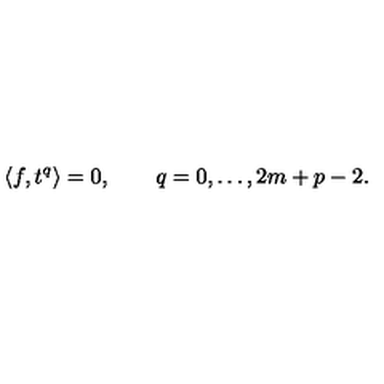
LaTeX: \langle f , t ^ { q } \rangle = 0 , \qquad q = 0 , \dots , 2 m + p - 2 .